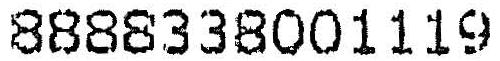
8888338001119